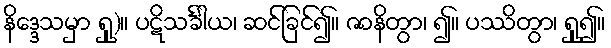
နိဒ္ဒေသမှာ ရှု)။ ပဋိသင်္ခါယ၊ ဆင်ခြင်၍။ ဇာနိတွာ၊ ၍။ ပဿိတွာ၊ ရှု၍။